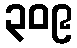
၃၀၉